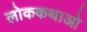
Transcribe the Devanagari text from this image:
लोककथाओ